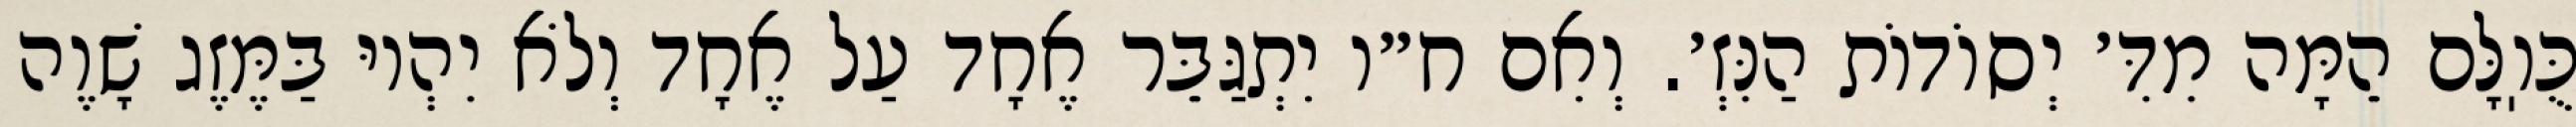
כֻּוֽלָּם הֵמָּה מִדִּ׳ יְסוֹדוֹת הַנִּזְ׳. וְאִם ח״ו יִתְגַּבֵּר אֶחָד עַל אֶחָד וְלֹא יִהְיוּ בַּמֶּזֶג שָׁוֶה